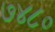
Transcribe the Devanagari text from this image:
७४८०